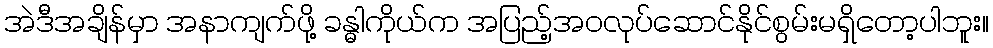
အဲဒီအချိန်မှာ အနာကျက်ဖို့ ခန္ဓါကိုယ်က အပြည့်အဝလုပ်ဆောင်နိုင်စွမ်းမရှိတော့ပါဘူး။